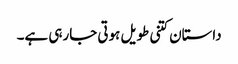
داستان کتنی طویل ہوتی جارہی ہے۔